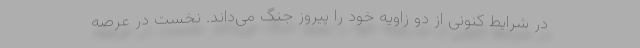
در شرایط کنونی از دو زاویه خود را پیروز جنگ می‌داند. نخست در عرصه